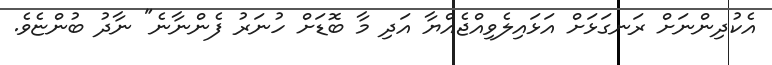
އެކުދިންނަށް ރަނގަޅަށް އަޅައިލެވިއްޖެއްޔާ އަދި މާ ބޮޑަށް ހުނަރު ފެންނާނެ" ނާދު ބުންޏެވެ.